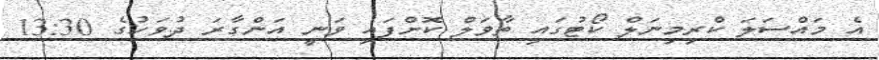
އެ މައްސަލަ ކްރިމިނަލް ކޯޓުގައި ތާވަލް ކޮށްފައި ވަނީ އަންގާރަ ދުވަހުގެ 13:30